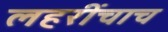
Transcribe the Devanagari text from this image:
लहरींचाच